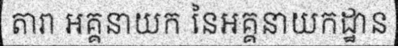
តារា អគ្គនាយក នៃអគ្គនាយកដ្ឋាន